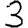
Digit: 3